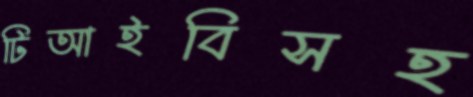
টিআইবিসহ